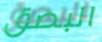
البصق